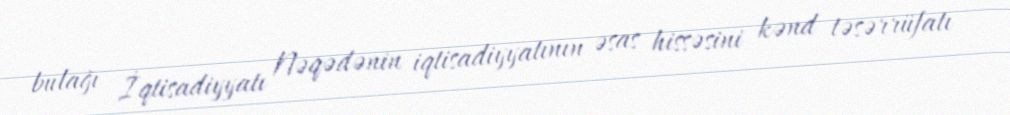
bulağı İqtisadiyyatı Nəqədənin iqtisadiyyatının əsas hissəsini kənd təsərrüfatı